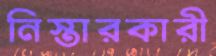
নিস্তারকারী